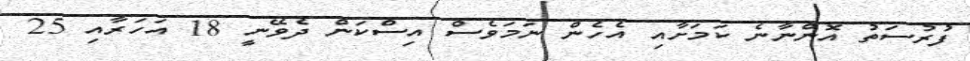
ފުރުސަތު އޮންނާނެ ކަމަށާއި އެހެން ނަމަވެސް އިސްކަން ދެވޭނީ 18 އަހަރާއި 25